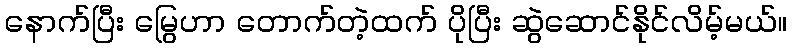
နောက်ပြီး မြွေဟာ တောက်တဲ့ထက် ပိုပြီး ဆွဲဆောင်နိုင်လိမ့်မယ်။